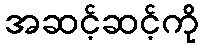
အဆင့်ဆင့်ကို